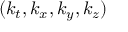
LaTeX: ( k _ { t } , k _ { x } , k _ { y } , k _ { z } )